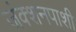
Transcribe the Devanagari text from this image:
जंक्शनपाशी